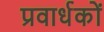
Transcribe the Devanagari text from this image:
प्रवार्धकों